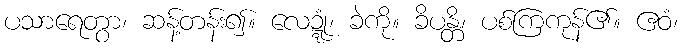
ပသာရေတွာ၊ ဆန့်တန်း၍။ လေဍ္ဍုံ၊ ခဲကို။ ခိပန္တိ၊ ပစ်ကြကုန်၏။ ဧဝံ၊